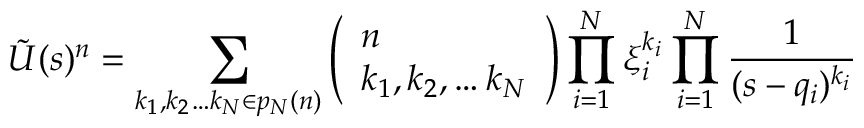
\tilde { U } ( s ) ^ { n } = \sum _ { k _ { 1 } , k _ { 2 } \ldots k _ { N } \in p _ { N } ( n ) } \left( \begin{array} { l } { n } \\ { k _ { 1 } , k _ { 2 } , \ldots k _ { N } } \end{array} \right) \prod _ { i = 1 } ^ { N } \xi _ { i } ^ { k _ { i } } \prod _ { i = 1 } ^ { N } \frac { 1 } { ( s - q _ { i } ) ^ { k _ { i } } }